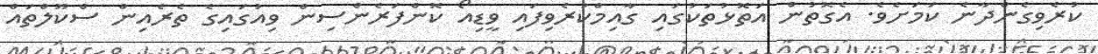
ކުރެވިގެންދާނެ ކަމަށެވެ. އެގޮތުން އަތޮޅުތަކުގައި ގާއިމްކުރެވިފައި ވީޑިއޯ ކޮންފަރެންސިން ވިއުގައިގެ ތެރެއިން ސްކޫލްތައް